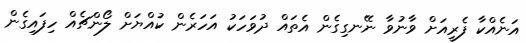
އަނެއްކާ ފެރީއަށް ވާނުވާ ނޭނގިގެން އެތައް ދުވަހަކު އަހަރެން ކުއްޔަށް ލޯންޗެއް ހިފައިގެން